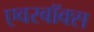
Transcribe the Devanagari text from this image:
एवरबॉक्स